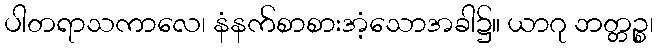
ပါတရာသကာလေ၊ နံနက်စာစားအံ့သောအခါ၌။ ယာဂု ဘတ္တဉ္စ၊